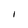
Character: I